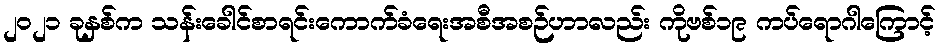
၂၀၂၁ ခုနှစ်က သန်းခေါင်စာရင်းကောက်ခံရေးအစီအစဉ်ဟာလည်း ကိုဗစ်၁၉ ကပ်ရောဂါကြောင့်